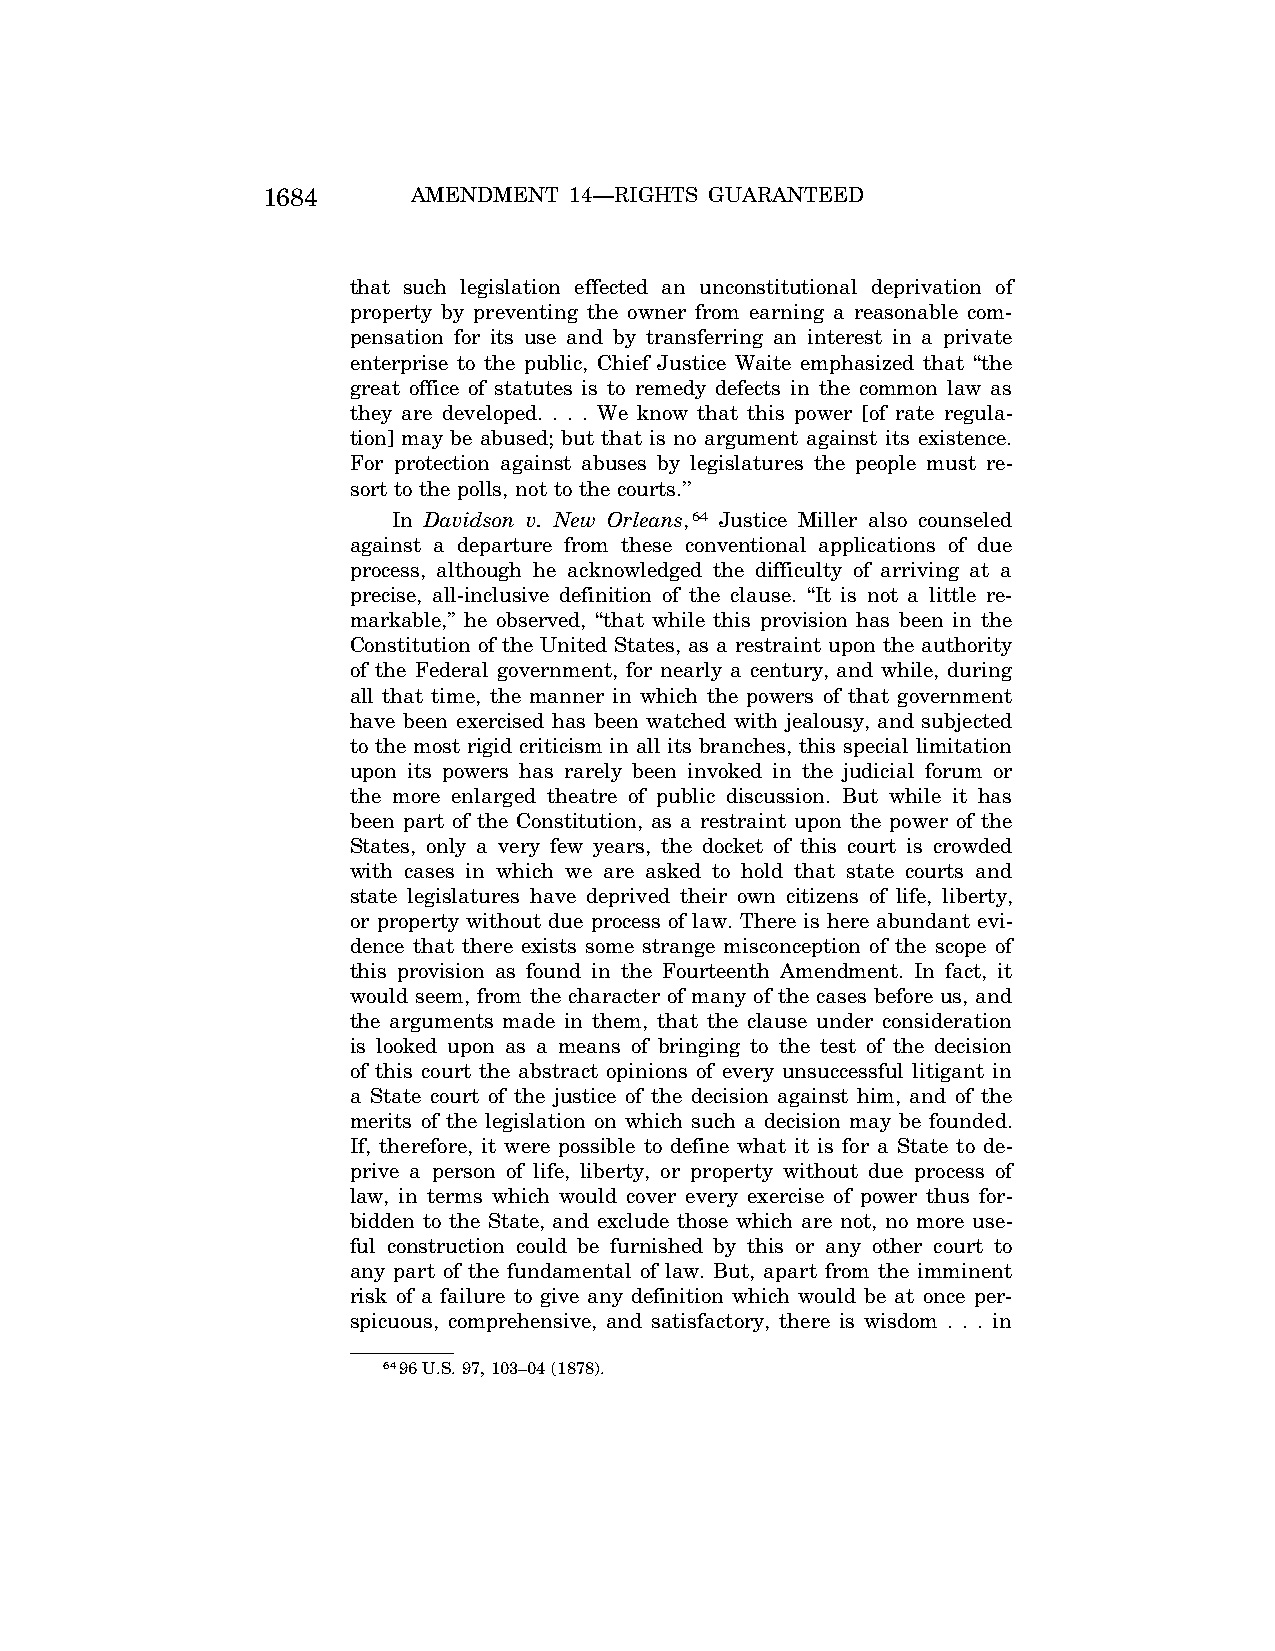
1684      AMENDMENT  14—RIGHTS GUARANTEED
 that such legislation effected an unconstitutional deprivation of
 property by preventing the owner from earning a reasonable com-
 pensation for its use and by transferring an interest in a private
 enterprise to the public, Chief Justice Waite emphasized that ‘‘the
 great office of statutes is to remedy defects in the common law as
 they are developed. . . . We know that this power [of rate regula-
 tion] may be abused; but that is no argument against its existence.
 For protection against abuses by legislatures the people must re-
 sort to the polls, not to the courts.’’
 In Davidson v. New Orleans,64 Justice Miller also counseled
 against a departure from these conventional applications of due
 process, although he acknowledged the difficulty of arriving at a
 precise, all-inclusive definition of the clause. ‘‘It is not a little re-
 markable,’’ he observed, ‘‘that while this provision has been in the
 Constitution of the United States, as a restraint upon the authority
 of the Federal government, for nearly a century, and while, during
 all that time, the manner in which the powers of that government
 have been exercised has been watched with jealousy, and subjected
 to the most rigid criticism in all its branches, this special limitation
 upon its powers has rarely been invoked in the judicial forum or
 the more enlarged theatre of public discussion. But while it has
 been part of the Constitution, as a restraint upon the power of the
 States, only a very few years, the docket of this court is crowded
 with cases in which we are asked to hold that state courts and
 state legislatures have deprived their own citizens of life, liberty,
 or property without due process of law. There is here abundant evi-
 dence that there exists some strange misconception of the scope of
 this provision as found in the Fourteenth Amendment. In fact, it
 would seem, from the character of many of the cases before us, and
 the arguments made in them, that the clause under consideration
 is looked upon as a means of bringing to the test of the decision
 of this court the abstract opinions of every unsuccessful litigant in
 a State court of the justice of the decision against him, and of the
 merits of the legislation on which such a decision may be founded.
 If, therefore, it were possible to define what it is for a State to de-
 prive a person of life, liberty, or property without due process of
 law, in terms which would cover every exercise of power thus for-
 bidden to the State, and exclude those which are not, no more use-
 ful construction could be furnished by this or any other court to
 any part of the fundamental of law. But, apart from the imminent
 risk of a failure to give any definition which would be at once per-
 spicuous, comprehensive, and satisfactory, there is wisdom . . . in
 6496 U.S. 97, 103–04 (1878).
 VerDate Jul<13>2004 05:44 Jul 13, 2004 Jkt 000000 PO 00000 Frm 00014 Fmt 8222 Sfmt 8222 \\GSDDPC41\YOURS-AND-MINE\CON046.SGM CON046